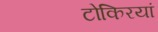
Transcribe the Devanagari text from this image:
टोकिरयां